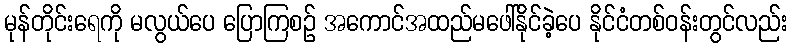
မုန်တိုင်းရေကို မလွယ်ပေ ပြောကြစဉ် အကောင်အထည်မဖေါ်နိုင်ခဲ့ပေ နိုင်ငံတစ်ဝန်းတွင်လည်း